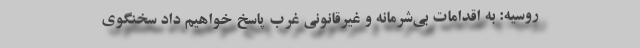
روسیه: به اقدامات بی‌شرمانه و غیرقانونی غرب پاسخ خواهیم داد سخنگوی